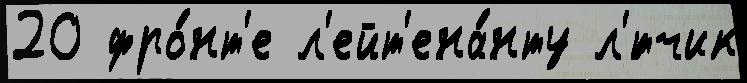
20 фро́нт'е л'ейт'ена́нту л'́тчик